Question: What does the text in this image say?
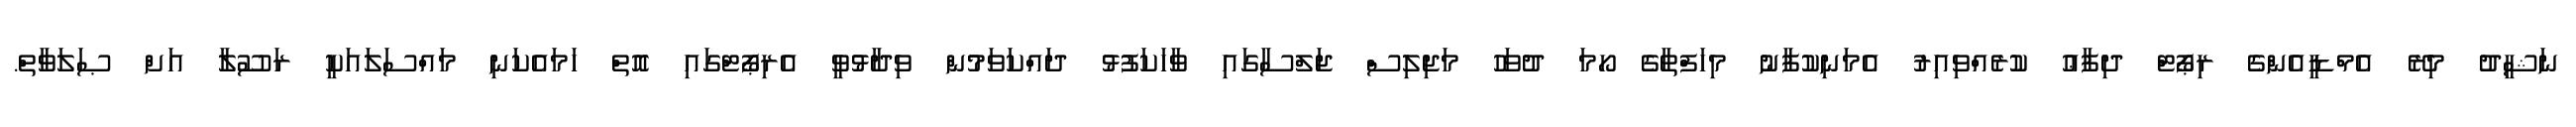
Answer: ނަޝީދު މިރޭ އެމްޑީއެންގެ ރިޕޯޓް ދިފާޢު ކުރެއްވިއިރު އެމަނިކުފާނު މިހަފްތާގެ ހޯމަ ދުވަހު މަޖިލިސް ޖަލްސާގައި ވާހަކަފުޅު ދައްކަވަމުން ވިދާޅުވީ އެރިޕޯޓްގައި އޮތް ހަމައެކަނި މައްސަލައަކީ ރަސޫލާ އަށް ޞަލަވާތް.